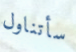
سأتناول